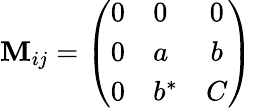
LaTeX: \mathbf{M}_{ij}=\left(\begin{array}{clc}{{0}}&{{0}}&{{0}}\\ {{0}}&{{a}}&{{b}}\\ {{0}}&{{b^{*}}}&{{C}}\end{array}\right)